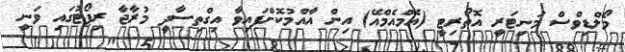
މޯލްޑިވްސް މަނިޓަރީ އޮތޯރިޓީ (އެމްއެމްއޭ) އިން އާއްމުކޮށްފައިވާ އިގްތިސާދީ މުރާޖާ ރިޕޯޓުގައި ވަނީ